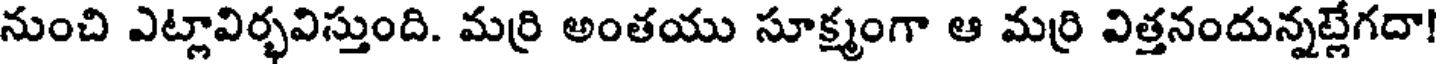
నుంచి ఎట్లావిర్భవిస్తుంది. మర్రి అంతయు సూక్ష్మంగా ఆ మర్రి విత్తనందున్నట్లేగదా!